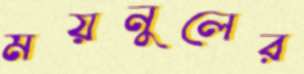
ময়নুলের